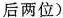
后两位)